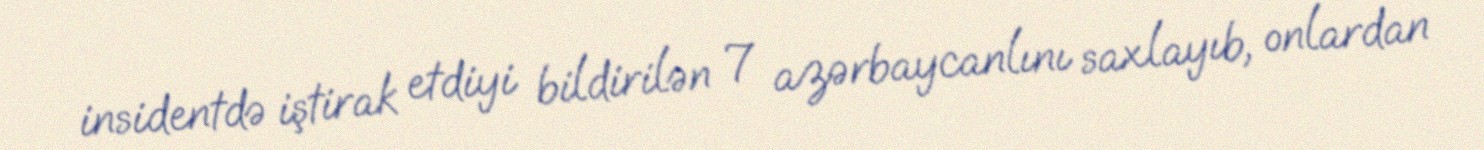
insidentdə iştirak etdiyi bildirilən 7 azərbaycanlını saxlayıb, onlardan